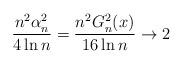
LaTeX: \begin{align*}\frac{n^2\alpha_n^2}{4\ln n}=\frac{n^2G_n^2(x)}{16\ln n}\to 2\end{align*}